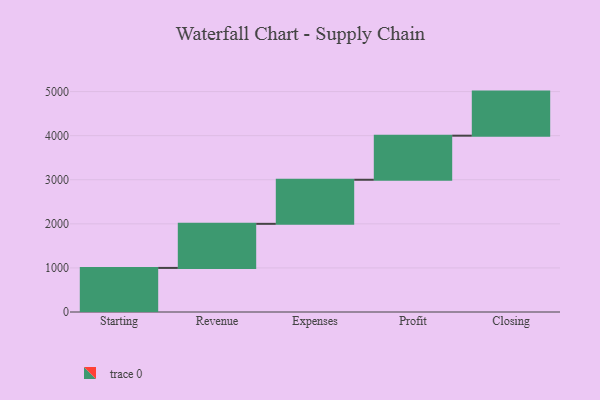
{"axis": {"x": "Step", "y": "Value"}, "legend": [""], "data": [{"x": "Starting", "y": 1000, "type": ""}, {"x": "Revenue", "y": 1000, "type": ""}, {"x": "Expenses", "y": 1000, "type": ""}, {"x": "Profit", "y": 1000, "type": ""}, {"x": "Closing", "y": 1000, "type": ""}]}